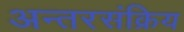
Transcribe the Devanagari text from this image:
अन्तरसंक्रिय